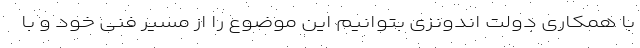
با همکاری دولت اندونزی بتوانیم این موضوع را از مسیر فنی خود و با